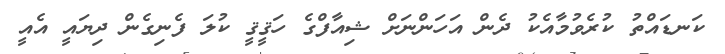
ކަނޑައްތު ކުރެވުމާއެކު ދެން އަހަންނަށް ޝިއާފްގެ ހަޤީޤީ ކުލަ ފެނިގެން ދިޔައީ އެއީ